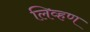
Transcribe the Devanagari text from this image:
लिव्हण